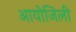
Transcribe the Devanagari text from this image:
आयोजिली